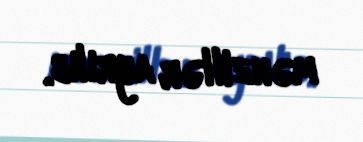
mənzillər ayrılıb.